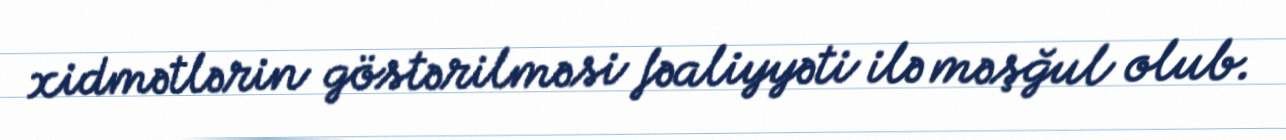
xidmətlərin göstərilməsi fəaliyyəti ilə məşğul olub.